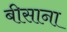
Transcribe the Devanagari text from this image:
बीसाना